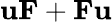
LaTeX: \mathbf{u}\mathbf{F}+\mathbf{F}\mathbf{u}